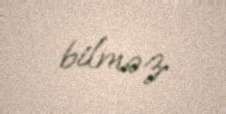
bilməz.